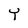
Character: Y